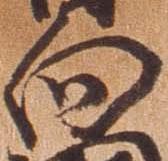
向